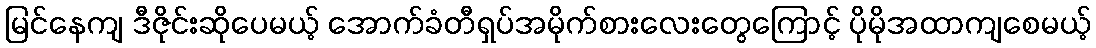
မြင်နေကျ ဒီဇိုင်းဆိုပေမယ့် အောက်ခံတီရှပ်အမိုက်စားလေးတွေကြောင့် ပိုမိုအထာကျစေမယ့်